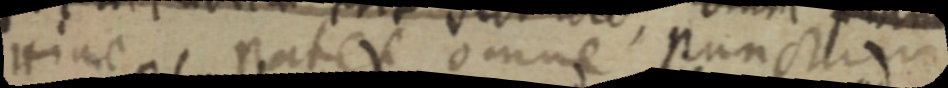
Hinc patet omne punctum